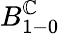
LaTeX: B_{1-0}^{\mathbb{C}}